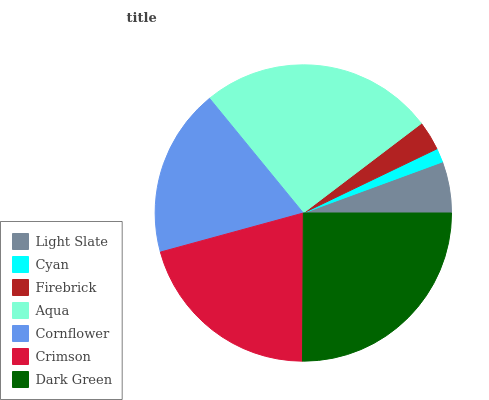
| Light Slate | Cyan | Firebrick | Aqua | Cornflower | Crimson | Dark Green |
 | --- | --- | --- | --- | --- | --- | --- |
 | 5.6% | 1.52% | 3.21% | 25.6% | 18.3% | 20.7% | 25.1% |